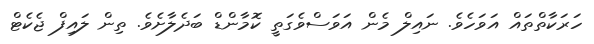
ހަރަކާތްތައް އަވަހެވެ. ނައިލް މެން އަވަސްވެގަތީ ކޮމާންޑް ބަދެލާށެވެ. ތިން ލައިފް ޖެކެޓް